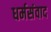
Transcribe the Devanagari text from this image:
धर्मसंवाद